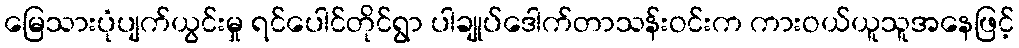
မြေသားပုံပျက်ယွင်းမှု ရင်ပေါင်တိုင်ရွာ ပါချုပ်ဒေါက်တာသန်းဝင်းက ကားဝယ်ယူသူအနေဖြင့်